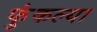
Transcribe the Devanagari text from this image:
फुंकल्या